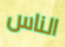
الناس